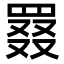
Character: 罬